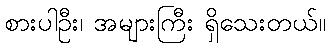
စားပါဦး၊ အများကြီး ရှိသေးတယ်။